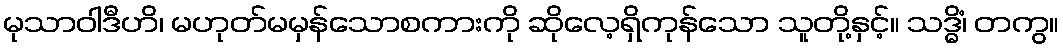
မုသာဝါဒီဟိ၊ မဟုတ်မမှန်သောစကားကို ဆိုလေ့ရှိကုန်သော သူတို့နှင့်။ သဒ္ဓိံ၊ တကွ။